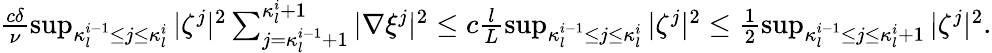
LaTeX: \begin{array}{r}{\frac{c\delta}{\nu}\operatorname*{sup}_{\kappa_{l}^{i-1}\leq j\leq\kappa_{l}^{i}}|\zeta^{j}|^{2}\sum_{j=\kappa_{l}^{i-1}+1}^{\kappa_{l}^{i}+1}|\nabla\xi^{j}|^{2}\leq c\frac{l}{L}\operatorname*{sup}_{\kappa_{l}^{i-1}\leq j\leq\kappa_{l}^{i}}|\zeta^{j}|^{2}\leq\frac{1}{2}\operatorname*{sup}_{\kappa_{l}^{i-1}\leq j\leq\kappa_{l}^{i}+1}|\zeta^{j}|^{2}.}\end{array}